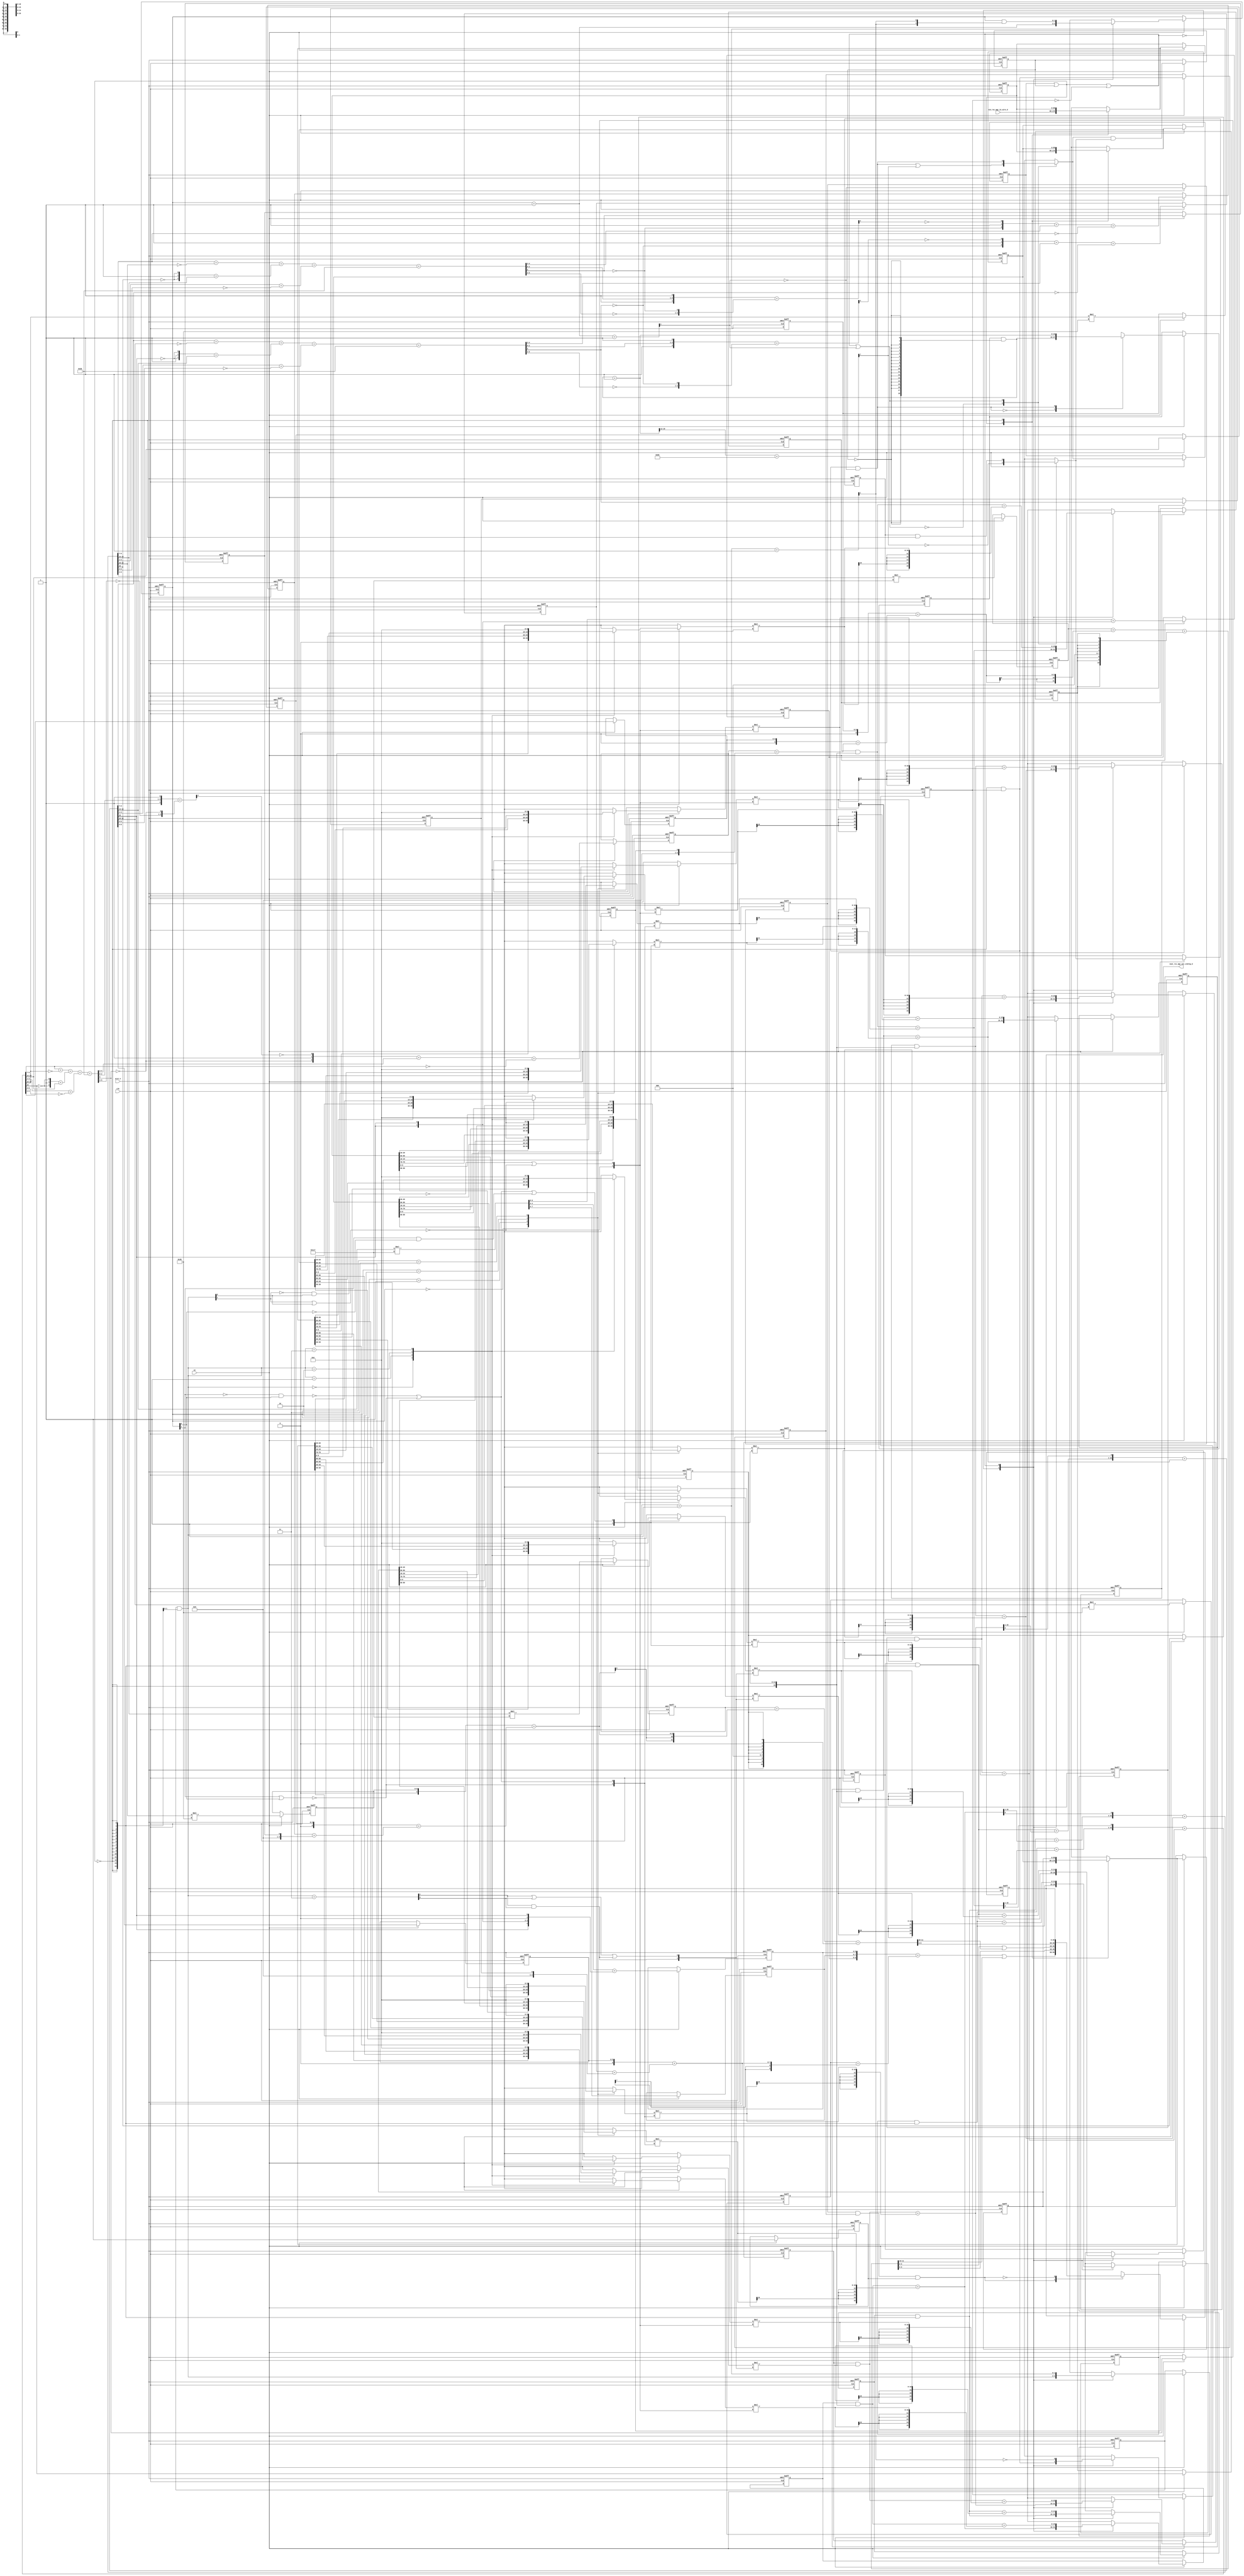
module sobel_core (
  clk, en, arst_n, vin_rsc_mgc_in_wire_d, vout_rsc_mgc_out_stdreg_d
);
  input clk;
  input en;
  input arst_n;
  input [89:0] vin_rsc_mgc_in_wire_d;
  output [29:0] vout_rsc_mgc_out_stdreg_d;
  reg [29:0] vout_rsc_mgc_out_stdreg_d;


  // Interconnect Declarations
  wire and_dcpl_1;
  wire or_dcpl_2;
  reg [18:0] FRAME_p_1_lpi_1;
  reg [14:0] b_1_sg1_lpi_1;
  reg [15:0] b_0_lpi_1;
  reg [15:0] b_2_lpi_1;
  reg [14:0] g_1_sg1_lpi_1;
  reg [15:0] g_0_lpi_1;
  reg [15:0] g_2_lpi_1;
  reg [14:0] r_1_sg1_lpi_1;
  reg [15:0] r_0_lpi_1;
  reg [15:0] r_2_lpi_1;
  reg [1:0] i_6_lpi_1;
  reg exit_FRAME_for_lpi_1;
  reg [1:0] i_7_lpi_1;
  reg [89:0] regs_regs_1_sva;
  reg [89:0] regs_regs_0_sva;
  reg exit_FRAME_1_sva;
  reg [89:0] regs_regs_2_lpi_1_dfm;
  reg exit_FRAME_lpi_1_dfm_2;
  reg exit_FRAME_for_1_lpi_1_dfm_4;
  reg [10:0] FRAME_mul_2_itm_1;
  wire [21:0] nl_FRAME_mul_2_itm_1;
  reg [8:0] FRAME_mul_3_itm_1;
  wire [17:0] nl_FRAME_mul_3_itm_1;
  reg [5:0] green_slc_green_2_sg1_itm_1;
  reg [4:0] FRAME_acc_18_itm_1;
  wire [5:0] nl_FRAME_acc_18_itm_1;
  reg FRAME_slc_acc_imod_11_4_itm_1;
  reg green_slc_green_2_sg1_12_itm_1;
  reg [10:0] FRAME_mul_4_itm_1;
  wire [21:0] nl_FRAME_mul_4_itm_1;
  reg [8:0] FRAME_mul_5_itm_1;
  wire [17:0] nl_FRAME_mul_5_itm_1;
  reg [5:0] blue_slc_blue_2_sg1_itm_1;
  reg [4:0] FRAME_acc_30_itm_1;
  wire [5:0] nl_FRAME_acc_30_itm_1;
  reg FRAME_slc_acc_imod_13_4_itm_1;
  reg blue_slc_blue_2_sg1_12_itm_1;
  reg [8:0] FRAME_mul_1_itm_1;
  wire [17:0] nl_FRAME_mul_1_itm_1;
  reg [5:0] red_slc_red_2_sg1_itm_1;
  reg [4:0] FRAME_acc_37_itm_1;
  wire [5:0] nl_FRAME_acc_37_itm_1;
  reg FRAME_slc_acc_imod_9_4_itm_1;
  reg exit_FRAME_for_lpi_1_dfm_st_1;
  reg exit_FRAME_for_1_sva_2_st_1;
  reg main_stage_0_2;
  reg [1:0] FRAME_acc_41_itm_1_sg2;
  wire [2:0] nl_FRAME_acc_41_itm_1_sg2;
  reg [1:0] FRAME_acc_41_itm_1_sg1;
  reg [5:0] FRAME_acc_41_itm_3;
  wire [6:0] nl_FRAME_acc_41_itm_3;
  wire or_4_cse;
  wire or_9_cse;
  wire exit_FRAME_for_1_lpi_1_dfm_5;
  wire [1:0] FRAME_for_1_acc_itm;
  wire [2:0] nl_FRAME_for_1_acc_itm;
  wire [7:0] FRAME_acc_itm;
  wire [8:0] nl_FRAME_acc_itm;
  wire [11:0] FRAME_acc_3_psp_sva;
  wire [13:0] nl_FRAME_acc_3_psp_sva;
  wire [11:0] FRAME_acc_4_psp_sva;
  wire [13:0] nl_FRAME_acc_4_psp_sva;
  wire exit_FRAME_for_lpi_1_dfm;
  wire [1:0] i_7_sva;
  wire [2:0] nl_i_7_sva;
  wire exit_FRAME_for_1_lpi_1_dfm_4_mx0;
  wire [89:0] regs_regs_2_lpi_1_dfm_mx0;
  wire [89:0] regs_regs_1_sva_dfm_mx0;
  wire [89:0] regs_regs_0_sva_dfm_mx0;
  wire exit_FRAME_lpi_1_dfm_2_mx0;
  wire [18:0] FRAME_p_1_sva_1;
  wire [19:0] nl_FRAME_p_1_sva_1;
  wire [18:0] FRAME_p_1_lpi_1_dfm;
  wire [5:0] acc_imod_9_sva;
  wire [7:0] nl_acc_imod_9_sva;
  wire [9:0] FRAME_mul_sdt;
  wire [19:0] nl_FRAME_mul_sdt;
  wire [5:0] acc_imod_13_sva;
  wire [7:0] nl_acc_imod_13_sva;
  wire [5:0] acc_imod_11_sva;
  wire [7:0] nl_acc_imod_11_sva;
  wire [14:0] b_1_sg1_lpi_1_dfm;
  wire [15:0] b_2_sva_1;
  wire [16:0] nl_b_2_sva_1;
  wire [15:0] b_0_sva_1;
  wire [16:0] nl_b_0_sva_1;
  wire [14:0] g_1_sg1_lpi_1_dfm;
  wire [15:0] g_2_sva_1;
  wire [16:0] nl_g_2_sva_1;
  wire [15:0] g_0_sva_1;
  wire [16:0] nl_g_0_sva_1;
  wire [14:0] r_1_sg1_lpi_1_dfm;
  wire [15:0] r_2_sva_1;
  wire [16:0] nl_r_2_sva_1;
  wire [15:0] r_0_sva_1;
  wire [16:0] nl_r_0_sva_1;
  wire [15:0] b_2_lpi_1_dfm;
  wire FRAME_for_1_nor_cse;
  wire [15:0] g_2_lpi_1_dfm;
  wire [15:0] r_2_lpi_1_dfm;
  wire [15:0] b_0_lpi_1_dfm;
  wire [15:0] g_0_lpi_1_dfm;
  wire [15:0] r_0_lpi_1_dfm;
  wire [1:0] i_6_sva_1;
  wire [2:0] nl_i_6_sva_1;
  wire [1:0] i_6_lpi_1_dfm;
  wire FRAME_for_nor_cse;
  wire FRAME_for_and_18_seb;
  wire [1:0] FRAME_for_acc_5_tmp;
  wire [2:0] nl_FRAME_for_acc_5_tmp;
  wire not_24;
  wire [15:0] ACC2_3_acc_1_itm;
  wire [16:0] nl_ACC2_3_acc_1_itm;
  wire [15:0] ACC2_3_acc_3_itm;
  wire [16:0] nl_ACC2_3_acc_3_itm;
  wire [15:0] ACC2_3_acc_2_itm;
  wire [16:0] nl_ACC2_3_acc_2_itm;
  wire FRAME_for_1_or_1_itm;
  wire FRAME_for_1_or_itm;
  wire FRAME_for_or_4_itm;
  wire FRAME_for_or_itm;
  wire FRAME_for_or_5_itm;
  wire [1:0] FRAME_for_acc_itm;
  wire [2:0] nl_FRAME_for_acc_itm;

  wire[9:0] regs_operator_35_mux_nl;
  wire[9:0] regs_operator_29_mux_nl;
  wire[9:0] regs_operator_34_mux_nl;
  wire[9:0] regs_operator_28_mux_nl;
  wire[9:0] regs_operator_33_mux_nl;
  wire[9:0] regs_operator_27_mux_nl;

  // Interconnect Declarations for Component Instantiations 
  assign nl_FRAME_acc_3_psp_sva = (conv_u2s_11_12(FRAME_mul_2_itm_1) + conv_s2s_10_12(conv_u2s_9_10(FRAME_mul_3_itm_1)
      + conv_s2s_8_10(conv_u2s_6_8(green_slc_green_2_sg1_itm_1) + conv_s2s_5_8(FRAME_acc_18_itm_1
      + ({4'b1001 , FRAME_slc_acc_imod_11_4_itm_1}))))) + conv_u2u_11_12(signext_11_9({green_slc_green_2_sg1_12_itm_1
      , 3'b0 , ({{2{green_slc_green_2_sg1_12_itm_1}}, green_slc_green_2_sg1_12_itm_1})
      , 1'b0 , green_slc_green_2_sg1_12_itm_1}));
  assign FRAME_acc_3_psp_sva = nl_FRAME_acc_3_psp_sva[11:0];
  assign nl_FRAME_acc_4_psp_sva = (conv_u2s_11_12(FRAME_mul_4_itm_1) + conv_s2s_10_12(conv_u2s_9_10(FRAME_mul_5_itm_1)
      + conv_s2s_8_10(conv_u2s_6_8(blue_slc_blue_2_sg1_itm_1) + conv_s2s_5_8(FRAME_acc_30_itm_1
      + ({4'b1001 , FRAME_slc_acc_imod_13_4_itm_1}))))) + conv_u2u_11_12(signext_11_9({blue_slc_blue_2_sg1_12_itm_1
      , 3'b0 , ({{2{blue_slc_blue_2_sg1_12_itm_1}}, blue_slc_blue_2_sg1_12_itm_1})
      , 1'b0 , blue_slc_blue_2_sg1_12_itm_1}));
  assign FRAME_acc_4_psp_sva = nl_FRAME_acc_4_psp_sva[11:0];
  assign nl_FRAME_for_1_acc_itm = i_7_sva + 2'b1;
  assign FRAME_for_1_acc_itm = nl_FRAME_for_1_acc_itm[1:0];
  assign exit_FRAME_for_lpi_1_dfm = exit_FRAME_for_lpi_1 & not_24;
  assign nl_i_7_sva = i_7_lpi_1 + 2'b1;
  assign i_7_sva = nl_i_7_sva[1:0];
  assign exit_FRAME_for_1_lpi_1_dfm_4_mx0 = MUX_s_1_2_2({(exit_FRAME_for_1_lpi_1_dfm_5
      | (FRAME_acc_itm[7])) , exit_FRAME_for_1_lpi_1_dfm_5}, or_9_cse);
  assign regs_regs_2_lpi_1_dfm_mx0 = MUX_v_90_2_2({regs_regs_1_sva , regs_regs_2_lpi_1_dfm},
      and_dcpl_1);
  assign regs_regs_1_sva_dfm_mx0 = MUX_v_90_2_2({regs_regs_0_sva , regs_regs_1_sva},
      and_dcpl_1);
  assign regs_regs_0_sva_dfm_mx0 = MUX_v_90_2_2({vin_rsc_mgc_in_wire_d , regs_regs_0_sva},
      and_dcpl_1);
  assign nl_FRAME_acc_itm = conv_u2s_7_8(FRAME_p_1_sva_1[18:12]) + 8'b10110101;
  assign FRAME_acc_itm = nl_FRAME_acc_itm[7:0];
  assign exit_FRAME_lpi_1_dfm_2_mx0 = MUX_s_1_2_2({(~ (FRAME_acc_itm[7])) , (exit_FRAME_lpi_1_dfm_2
      & not_24)}, or_9_cse);
  assign exit_FRAME_for_1_lpi_1_dfm_5 = (~ (FRAME_for_1_acc_itm[1])) & exit_FRAME_for_lpi_1_dfm;
  assign nl_FRAME_p_1_sva_1 = FRAME_p_1_lpi_1_dfm + 19'b1;
  assign FRAME_p_1_sva_1 = nl_FRAME_p_1_sva_1[18:0];
  assign FRAME_p_1_lpi_1_dfm = FRAME_p_1_lpi_1 & (signext_19_1(~ exit_FRAME_1_sva));
  assign nl_acc_imod_9_sva = (conv_u2u_5_6(conv_u2u_4_5(conv_u2u_3_4(ACC2_3_acc_1_itm[9:7])
      + conv_u2u_3_4(~ (ACC2_3_acc_1_itm[12:10]))) + conv_u2u_4_5(conv_u2u_3_4({(~
      (ACC2_3_acc_1_itm[15])) , 1'b1 , (~ (ACC2_3_acc_1_itm[15]))}) + conv_u2u_2_4(ACC2_3_acc_1_itm[14:13])))
      + conv_u2u_4_6(conv_u2u_3_4(ACC2_3_acc_1_itm[3:1]) + conv_u2u_3_4(~ (ACC2_3_acc_1_itm[6:4]))))
      + 6'b101011;
  assign acc_imod_9_sva = nl_acc_imod_9_sva[5:0];
  assign nl_ACC2_3_acc_1_itm = ({(r_1_sg1_lpi_1_dfm + (r_2_sva_1[15:1])) , (r_2_sva_1[0])})
      + r_0_sva_1;
  assign ACC2_3_acc_1_itm = nl_ACC2_3_acc_1_itm[15:0];
  assign nl_FRAME_mul_sdt = conv_u2u_2_10(ACC2_3_acc_1_itm[14:13]) * 10'b111000111;
  assign FRAME_mul_sdt = nl_FRAME_mul_sdt[9:0];
  assign nl_ACC2_3_acc_3_itm = ({(b_1_sg1_lpi_1_dfm + (b_2_sva_1[15:1])) , (b_2_sva_1[0])})
      + b_0_sva_1;
  assign ACC2_3_acc_3_itm = nl_ACC2_3_acc_3_itm[15:0];
  assign nl_acc_imod_13_sva = (conv_u2u_5_6(conv_u2u_4_5(conv_u2u_3_4(ACC2_3_acc_3_itm[9:7])
      + conv_u2u_3_4(~ (ACC2_3_acc_3_itm[12:10]))) + conv_u2u_4_5(conv_u2u_3_4({(~
      (ACC2_3_acc_3_itm[15])) , 1'b1 , (~ (ACC2_3_acc_3_itm[15]))}) + conv_u2u_2_4(ACC2_3_acc_3_itm[14:13])))
      + conv_u2u_4_6(conv_u2u_3_4(ACC2_3_acc_3_itm[3:1]) + conv_u2u_3_4(~ (ACC2_3_acc_3_itm[6:4]))))
      + 6'b101011;
  assign acc_imod_13_sva = nl_acc_imod_13_sva[5:0];
  assign nl_ACC2_3_acc_2_itm = ({(g_1_sg1_lpi_1_dfm + (g_2_sva_1[15:1])) , (g_2_sva_1[0])})
      + g_0_sva_1;
  assign ACC2_3_acc_2_itm = nl_ACC2_3_acc_2_itm[15:0];
  assign nl_acc_imod_11_sva = (conv_u2u_5_6(conv_u2u_4_5(conv_u2u_3_4(ACC2_3_acc_2_itm[9:7])
      + conv_u2u_3_4(~ (ACC2_3_acc_2_itm[12:10]))) + conv_u2u_4_5(conv_u2u_3_4({(~
      (ACC2_3_acc_2_itm[15])) , 1'b1 , (~ (ACC2_3_acc_2_itm[15]))}) + conv_u2u_2_4(ACC2_3_acc_2_itm[14:13])))
      + conv_u2u_4_6(conv_u2u_3_4(ACC2_3_acc_2_itm[3:1]) + conv_u2u_3_4(~ (ACC2_3_acc_2_itm[6:4]))))
      + 6'b101011;
  assign acc_imod_11_sva = nl_acc_imod_11_sva[5:0];
  assign b_1_sg1_lpi_1_dfm = b_1_sg1_lpi_1 & ({{14{not_24}}, not_24});
  assign regs_operator_35_mux_nl = MUX_v_10_4_2({(regs_regs_0_sva[69:60]) , (regs_regs_1_sva[69:60])
      , (regs_regs_2_lpi_1_dfm[69:60]) , 10'b0}, i_7_lpi_1);
  assign nl_b_2_sva_1 = b_2_lpi_1_dfm + conv_s2u_11_16(conv_s2u_22_11(conv_s2s_10_11(regs_operator_35_mux_nl)
      * conv_s2s_2_11({FRAME_for_1_nor_cse , FRAME_for_1_or_1_itm})));
  assign b_2_sva_1 = nl_b_2_sva_1[15:0];
  assign regs_operator_29_mux_nl = MUX_v_10_4_2({(regs_regs_0_sva[9:0]) , (regs_regs_1_sva[9:0])
      , (regs_regs_2_lpi_1_dfm[9:0]) , 10'b0}, i_7_lpi_1);
  assign nl_b_0_sva_1 = b_0_lpi_1_dfm + conv_s2u_12_16(conv_s2u_24_12(conv_s2s_10_12(regs_operator_29_mux_nl)
      * conv_s2s_2_12({1'b1 , FRAME_for_1_or_itm})));
  assign b_0_sva_1 = nl_b_0_sva_1[15:0];
  assign g_1_sg1_lpi_1_dfm = g_1_sg1_lpi_1 & ({{14{not_24}}, not_24});
  assign regs_operator_34_mux_nl = MUX_v_10_4_2({(regs_regs_0_sva[79:70]) , (regs_regs_1_sva[79:70])
      , (regs_regs_2_lpi_1_dfm[79:70]) , 10'b0}, i_7_lpi_1);
  assign nl_g_2_sva_1 = g_2_lpi_1_dfm + conv_s2u_11_16(conv_s2u_22_11(conv_s2s_10_11(regs_operator_34_mux_nl)
      * conv_s2s_2_11({FRAME_for_1_nor_cse , FRAME_for_1_or_1_itm})));
  assign g_2_sva_1 = nl_g_2_sva_1[15:0];
  assign regs_operator_28_mux_nl = MUX_v_10_4_2({(regs_regs_0_sva[19:10]) , (regs_regs_1_sva[19:10])
      , (regs_regs_2_lpi_1_dfm[19:10]) , 10'b0}, i_7_lpi_1);
  assign nl_g_0_sva_1 = g_0_lpi_1_dfm + conv_s2u_12_16(conv_s2u_24_12(conv_s2s_10_12(regs_operator_28_mux_nl)
      * conv_s2s_2_12({1'b1 , FRAME_for_1_or_itm})));
  assign g_0_sva_1 = nl_g_0_sva_1[15:0];
  assign r_1_sg1_lpi_1_dfm = r_1_sg1_lpi_1 & ({{14{not_24}}, not_24});
  assign regs_operator_33_mux_nl = MUX_v_10_4_2({(regs_regs_0_sva[89:80]) , (regs_regs_1_sva[89:80])
      , (regs_regs_2_lpi_1_dfm[89:80]) , 10'b0}, i_7_lpi_1);
  assign nl_r_2_sva_1 = r_2_lpi_1_dfm + conv_s2u_11_16(conv_s2u_22_11(conv_s2s_10_11(regs_operator_33_mux_nl)
      * conv_s2s_2_11({FRAME_for_1_nor_cse , FRAME_for_1_or_1_itm})));
  assign r_2_sva_1 = nl_r_2_sva_1[15:0];
  assign regs_operator_27_mux_nl = MUX_v_10_4_2({(regs_regs_0_sva[29:20]) , (regs_regs_1_sva[29:20])
      , (regs_regs_2_lpi_1_dfm[29:20]) , 10'b0}, i_7_lpi_1);
  assign nl_r_0_sva_1 = r_0_lpi_1_dfm + conv_s2u_12_16(conv_s2u_24_12(conv_s2s_10_12(regs_operator_27_mux_nl)
      * conv_s2s_2_12({1'b1 , FRAME_for_1_or_itm})));
  assign r_0_sva_1 = nl_r_0_sva_1[15:0];
  assign b_2_lpi_1_dfm = b_2_lpi_1 & ({{15{not_24}}, not_24});
  assign FRAME_for_1_nor_cse = ~((i_7_lpi_1[1]) | (i_7_lpi_1[0]));
  assign g_2_lpi_1_dfm = g_2_lpi_1 & ({{15{not_24}}, not_24});
  assign r_2_lpi_1_dfm = r_2_lpi_1 & ({{15{not_24}}, not_24});
  assign b_0_lpi_1_dfm = b_0_lpi_1 & ({{15{not_24}}, not_24});
  assign g_0_lpi_1_dfm = g_0_lpi_1 & ({{15{not_24}}, not_24});
  assign r_0_lpi_1_dfm = r_0_lpi_1 & ({{15{not_24}}, not_24});
  assign nl_i_6_sva_1 = i_6_lpi_1_dfm + 2'b1;
  assign i_6_sva_1 = nl_i_6_sva_1[1:0];
  assign i_6_lpi_1_dfm = i_6_lpi_1 & ({{1{not_24}}, not_24});
  assign FRAME_for_nor_cse = ~((i_6_lpi_1_dfm[1]) | (i_6_lpi_1_dfm[0]));
  assign FRAME_for_and_18_seb = (FRAME_for_acc_5_tmp[1]) & (FRAME_for_acc_5_tmp[0]);
  assign nl_FRAME_for_acc_5_tmp = i_6_lpi_1_dfm + 2'b11;
  assign FRAME_for_acc_5_tmp = nl_FRAME_for_acc_5_tmp[1:0];
  assign not_24 = ~(exit_FRAME_for_1_lpi_1_dfm_4 | exit_FRAME_1_sva);
  assign FRAME_for_1_or_1_itm = (~((~ (i_7_lpi_1[1])) & (i_7_lpi_1[0]))) | FRAME_for_1_nor_cse;
  assign FRAME_for_1_or_itm = (~((i_7_lpi_1[0]) & (~ (i_7_lpi_1[1])))) | FRAME_for_1_nor_cse
      | ((i_7_lpi_1[1]) & (~ (i_7_lpi_1[0])));
  assign FRAME_for_or_4_itm = (~((~ (i_6_lpi_1_dfm[1])) & (i_6_lpi_1_dfm[0]))) |
      FRAME_for_nor_cse;
  assign FRAME_for_or_itm = (~((i_6_lpi_1_dfm[0]) & (~ (i_6_lpi_1_dfm[1])))) | FRAME_for_nor_cse;
  assign FRAME_for_or_5_itm = (FRAME_for_acc_5_tmp[1]) | (FRAME_for_acc_5_tmp[0])
      | FRAME_for_and_18_seb;
  assign and_dcpl_1 = ~(exit_FRAME_1_sva | exit_FRAME_for_1_lpi_1_dfm_4);
  assign or_dcpl_2 = exit_FRAME_1_sva | exit_FRAME_for_1_lpi_1_dfm_4;
  assign or_4_cse = or_dcpl_2 | (~ exit_FRAME_for_lpi_1);
  assign or_9_cse = or_dcpl_2 | (~ exit_FRAME_for_lpi_1) | (FRAME_for_1_acc_itm[1]);
  assign nl_FRAME_for_acc_itm = i_6_sva_1 + 2'b1;
  assign FRAME_for_acc_itm = nl_FRAME_for_acc_itm[1:0];
  always @(posedge clk or negedge arst_n) begin
    if ( ~ arst_n ) begin
      vout_rsc_mgc_out_stdreg_d <= 30'b0;
      FRAME_acc_41_itm_1_sg2 <= 2'b0;
      FRAME_acc_41_itm_1_sg1 <= 2'b0;
      FRAME_acc_41_itm_3 <= 6'b0;
      FRAME_mul_1_itm_1 <= 9'b0;
      red_slc_red_2_sg1_itm_1 <= 6'b0;
      FRAME_acc_37_itm_1 <= 5'b0;
      FRAME_slc_acc_imod_9_4_itm_1 <= 1'b0;
      FRAME_mul_4_itm_1 <= 11'b0;
      FRAME_mul_5_itm_1 <= 9'b0;
      blue_slc_blue_2_sg1_itm_1 <= 6'b0;
      FRAME_acc_30_itm_1 <= 5'b0;
      FRAME_slc_acc_imod_13_4_itm_1 <= 1'b0;
      blue_slc_blue_2_sg1_12_itm_1 <= 1'b0;
      FRAME_mul_2_itm_1 <= 11'b0;
      FRAME_mul_3_itm_1 <= 9'b0;
      green_slc_green_2_sg1_itm_1 <= 6'b0;
      FRAME_acc_18_itm_1 <= 5'b0;
      FRAME_slc_acc_imod_11_4_itm_1 <= 1'b0;
      green_slc_green_2_sg1_12_itm_1 <= 1'b0;
      exit_FRAME_for_1_sva_2_st_1 <= 1'b0;
      exit_FRAME_for_lpi_1_dfm_st_1 <= 1'b0;
      i_7_lpi_1 <= 2'b0;
      exit_FRAME_for_lpi_1 <= 1'b0;
      exit_FRAME_for_1_lpi_1_dfm_4 <= 1'b0;
      exit_FRAME_1_sva <= 1'b1;
      main_stage_0_2 <= 1'b0;
      regs_regs_2_lpi_1_dfm <= 90'b0;
      regs_regs_1_sva <= 90'b0;
      regs_regs_0_sva <= 90'b0;
      exit_FRAME_lpi_1_dfm_2 <= 1'b0;
      b_1_sg1_lpi_1 <= 15'b0;
      g_1_sg1_lpi_1 <= 15'b0;
      r_1_sg1_lpi_1 <= 15'b0;
      i_6_lpi_1 <= 2'b0;
      b_2_lpi_1 <= 16'b0;
      b_0_lpi_1 <= 16'b0;
      g_2_lpi_1 <= 16'b0;
      g_0_lpi_1 <= 16'b0;
      r_2_lpi_1 <= 16'b0;
      r_0_lpi_1 <= 16'b0;
      FRAME_p_1_lpi_1 <= 19'b0;
    end
    else begin
      if ( en ) begin
        vout_rsc_mgc_out_stdreg_d <= MUX_v_30_2_2({({((({FRAME_acc_41_itm_1_sg2 ,
            FRAME_acc_41_itm_1_sg1 , FRAME_acc_41_itm_3}) + (conv_u2s_9_10(FRAME_mul_1_itm_1)
            + conv_s2s_8_10(conv_u2s_6_8(red_slc_red_2_sg1_itm_1) + conv_s2s_5_8(FRAME_acc_37_itm_1
            + ({4'b1001 , FRAME_slc_acc_imod_9_4_itm_1}))))) | ({8'b0 , (FRAME_acc_3_psp_sva[11:10])}))
            , (FRAME_acc_3_psp_sva[9:6]) , ((FRAME_acc_3_psp_sva[5:0]) | ({4'b0 ,
            (FRAME_acc_4_psp_sva[11:10])})) , (FRAME_acc_4_psp_sva[9:0])}) , vout_rsc_mgc_out_stdreg_d},
            ~(exit_FRAME_for_1_sva_2_st_1 & exit_FRAME_for_lpi_1_dfm_st_1 & main_stage_0_2));
        FRAME_acc_41_itm_1_sg2 <= nl_FRAME_acc_41_itm_1_sg2[1:0];
        FRAME_acc_41_itm_1_sg1 <= FRAME_mul_sdt[7:6];
        FRAME_acc_41_itm_3 <= nl_FRAME_acc_41_itm_3[5:0];
        FRAME_mul_1_itm_1 <= nl_FRAME_mul_1_itm_1[8:0];
        red_slc_red_2_sg1_itm_1 <= ACC2_3_acc_1_itm[9:4];
        FRAME_acc_37_itm_1 <= nl_FRAME_acc_37_itm_1[4:0];
        FRAME_slc_acc_imod_9_4_itm_1 <= acc_imod_9_sva[5];
        FRAME_mul_4_itm_1 <= nl_FRAME_mul_4_itm_1[10:0];
        FRAME_mul_5_itm_1 <= nl_FRAME_mul_5_itm_1[8:0];
        blue_slc_blue_2_sg1_itm_1 <= ACC2_3_acc_3_itm[9:4];
        FRAME_acc_30_itm_1 <= nl_FRAME_acc_30_itm_1[4:0];
        FRAME_slc_acc_imod_13_4_itm_1 <= acc_imod_13_sva[5];
        blue_slc_blue_2_sg1_12_itm_1 <= ACC2_3_acc_3_itm[15];
        FRAME_mul_2_itm_1 <= nl_FRAME_mul_2_itm_1[10:0];
        FRAME_mul_3_itm_1 <= nl_FRAME_mul_3_itm_1[8:0];
        green_slc_green_2_sg1_itm_1 <= ACC2_3_acc_2_itm[9:4];
        FRAME_acc_18_itm_1 <= nl_FRAME_acc_18_itm_1[4:0];
        FRAME_slc_acc_imod_11_4_itm_1 <= acc_imod_11_sva[5];
        green_slc_green_2_sg1_12_itm_1 <= ACC2_3_acc_2_itm[15];
        exit_FRAME_for_1_sva_2_st_1 <= ~ (FRAME_for_1_acc_itm[1]);
        exit_FRAME_for_lpi_1_dfm_st_1 <= exit_FRAME_for_lpi_1_dfm;
        i_7_lpi_1 <= MUX_v_2_2_2({i_7_sva , (i_7_lpi_1 & (signext_2_1(FRAME_for_acc_itm[1])))},
            or_4_cse);
        exit_FRAME_for_lpi_1 <= MUX_s_1_2_2({exit_FRAME_for_lpi_1_dfm , (~ (FRAME_for_acc_itm[1]))},
            or_4_cse);
        exit_FRAME_for_1_lpi_1_dfm_4 <= exit_FRAME_for_1_lpi_1_dfm_4_mx0;
        exit_FRAME_1_sva <= exit_FRAME_for_1_lpi_1_dfm_4_mx0 & exit_FRAME_lpi_1_dfm_2_mx0;
        main_stage_0_2 <= 1'b1;
        regs_regs_2_lpi_1_dfm <= regs_regs_2_lpi_1_dfm_mx0;
        regs_regs_1_sva <= regs_regs_1_sva_dfm_mx0;
        regs_regs_0_sva <= regs_regs_0_sva_dfm_mx0;
        exit_FRAME_lpi_1_dfm_2 <= exit_FRAME_lpi_1_dfm_2_mx0;
        b_1_sg1_lpi_1 <= MUX_v_15_2_2({b_1_sg1_lpi_1_dfm , (b_1_sg1_lpi_1_dfm + conv_s2u_11_15(conv_s2u_22_11(conv_s2s_10_11(MUX_v_10_4_2({(regs_regs_0_sva_dfm_mx0[39:30])
            , (regs_regs_1_sva_dfm_mx0[39:30]) , (regs_regs_2_lpi_1_dfm_mx0[39:30])
            , 10'b0}, i_6_lpi_1_dfm)) * conv_s2s_2_11({FRAME_for_and_18_seb , FRAME_for_or_5_itm}))))},
            or_4_cse);
        g_1_sg1_lpi_1 <= MUX_v_15_2_2({g_1_sg1_lpi_1_dfm , (g_1_sg1_lpi_1_dfm + conv_s2u_11_15(conv_s2u_22_11(conv_s2s_10_11(MUX_v_10_4_2({(regs_regs_0_sva_dfm_mx0[49:40])
            , (regs_regs_1_sva_dfm_mx0[49:40]) , (regs_regs_2_lpi_1_dfm_mx0[49:40])
            , 10'b0}, i_6_lpi_1_dfm)) * conv_s2s_2_11({FRAME_for_and_18_seb , FRAME_for_or_5_itm}))))},
            or_4_cse);
        r_1_sg1_lpi_1 <= MUX_v_15_2_2({r_1_sg1_lpi_1_dfm , (r_1_sg1_lpi_1_dfm + conv_s2u_11_15(conv_s2u_22_11(conv_s2s_10_11(MUX_v_10_4_2({(regs_regs_0_sva_dfm_mx0[59:50])
            , (regs_regs_1_sva_dfm_mx0[59:50]) , (regs_regs_2_lpi_1_dfm_mx0[59:50])
            , 10'b0}, i_6_lpi_1_dfm)) * conv_s2s_2_11({FRAME_for_and_18_seb , FRAME_for_or_5_itm}))))},
            or_4_cse);
        i_6_lpi_1 <= MUX_v_2_2_2({i_6_lpi_1_dfm , i_6_sva_1}, or_4_cse);
        b_2_lpi_1 <= MUX_v_16_2_2({b_2_sva_1 , (b_2_lpi_1_dfm + conv_s2u_11_16(conv_s2u_22_11(conv_s2s_10_11(MUX_v_10_4_2({(regs_regs_0_sva_dfm_mx0[69:60])
            , (regs_regs_1_sva_dfm_mx0[69:60]) , (regs_regs_2_lpi_1_dfm_mx0[69:60])
            , 10'b0}, i_6_lpi_1_dfm)) * conv_s2s_2_11({FRAME_for_nor_cse , FRAME_for_or_4_itm}))))},
            or_4_cse);
        b_0_lpi_1 <= MUX_v_16_2_2({b_0_sva_1 , (b_0_lpi_1_dfm + conv_s2u_11_16(conv_s2u_22_11(conv_s2s_10_11(MUX_v_10_4_2({(regs_regs_0_sva_dfm_mx0[9:0])
            , (regs_regs_1_sva_dfm_mx0[9:0]) , (regs_regs_2_lpi_1_dfm_mx0[9:0]) ,
            10'b0}, i_6_lpi_1_dfm)) * conv_s2s_2_11({FRAME_for_nor_cse , FRAME_for_or_itm}))))},
            or_4_cse);
        g_2_lpi_1 <= MUX_v_16_2_2({g_2_sva_1 , (g_2_lpi_1_dfm + conv_s2u_11_16(conv_s2u_22_11(conv_s2s_10_11(MUX_v_10_4_2({(regs_regs_0_sva_dfm_mx0[79:70])
            , (regs_regs_1_sva_dfm_mx0[79:70]) , (regs_regs_2_lpi_1_dfm_mx0[79:70])
            , 10'b0}, i_6_lpi_1_dfm)) * conv_s2s_2_11({FRAME_for_nor_cse , FRAME_for_or_4_itm}))))},
            or_4_cse);
        g_0_lpi_1 <= MUX_v_16_2_2({g_0_sva_1 , (g_0_lpi_1_dfm + conv_s2u_11_16(conv_s2u_22_11(conv_s2s_10_11(MUX_v_10_4_2({(regs_regs_0_sva_dfm_mx0[19:10])
            , (regs_regs_1_sva_dfm_mx0[19:10]) , (regs_regs_2_lpi_1_dfm_mx0[19:10])
            , 10'b0}, i_6_lpi_1_dfm)) * conv_s2s_2_11({FRAME_for_nor_cse , FRAME_for_or_itm}))))},
            or_4_cse);
        r_2_lpi_1 <= MUX_v_16_2_2({r_2_sva_1 , (r_2_lpi_1_dfm + conv_s2u_11_16(conv_s2u_22_11(conv_s2s_10_11(MUX_v_10_4_2({(regs_regs_0_sva_dfm_mx0[89:80])
            , (regs_regs_1_sva_dfm_mx0[89:80]) , (regs_regs_2_lpi_1_dfm_mx0[89:80])
            , 10'b0}, i_6_lpi_1_dfm)) * conv_s2s_2_11({FRAME_for_nor_cse , FRAME_for_or_4_itm}))))},
            or_4_cse);
        r_0_lpi_1 <= MUX_v_16_2_2({r_0_sva_1 , (r_0_lpi_1_dfm + conv_s2u_11_16(conv_s2u_22_11(conv_s2s_10_11(MUX_v_10_4_2({(regs_regs_0_sva_dfm_mx0[29:20])
            , (regs_regs_1_sva_dfm_mx0[29:20]) , (regs_regs_2_lpi_1_dfm_mx0[29:20])
            , 10'b0}, i_6_lpi_1_dfm)) * conv_s2s_2_11({FRAME_for_nor_cse , FRAME_for_or_itm}))))},
            or_4_cse);
        FRAME_p_1_lpi_1 <= MUX_v_19_2_2({FRAME_p_1_lpi_1_dfm , FRAME_p_1_sva_1},
            and_dcpl_1 & exit_FRAME_for_lpi_1 & (~ (FRAME_for_1_acc_itm[1])));
      end
    end
  end
  assign nl_FRAME_acc_41_itm_1_sg2  = (FRAME_mul_sdt[9:8]) + conv_s2u_1_2(ACC2_3_acc_1_itm[15]);
  assign nl_FRAME_acc_41_itm_3  = conv_u2u_5_6(FRAME_mul_sdt[4:0]) + conv_u2u_5_6(signext_5_3({(ACC2_3_acc_1_itm[15])
      , 1'b0 , (ACC2_3_acc_1_itm[15])}));
  assign nl_FRAME_mul_1_itm_1  = conv_u2u_3_9(ACC2_3_acc_1_itm[12:10]) * 9'b111001;
  assign nl_FRAME_acc_37_itm_1  = conv_u2u_4_5(conv_u2u_3_4({(~ (acc_imod_9_sva[5]))
      , 1'b1 , (~ (readslicef_5_1_4((({1'b1 , (acc_imod_9_sva[2:0]) , 1'b1}) + conv_u2s_4_5({(~
      (acc_imod_9_sva[5:3])) , (~ (acc_imod_9_sva[5]))})))))}) + conv_u2u_2_4(acc_imod_9_sva[4:3]))
      + conv_u2u_3_5(~ (ACC2_3_acc_1_itm[9:7]));
  assign nl_FRAME_mul_4_itm_1  = conv_u2u_2_11(ACC2_3_acc_3_itm[14:13]) * 11'b111000111;
  assign nl_FRAME_mul_5_itm_1  = conv_u2u_3_9(ACC2_3_acc_3_itm[12:10]) * 9'b111001;
  assign nl_FRAME_acc_30_itm_1  = conv_u2u_4_5(conv_u2u_3_4({(~ (acc_imod_13_sva[5]))
      , 1'b1 , (~ (readslicef_5_1_4((({1'b1 , (acc_imod_13_sva[2:0]) , 1'b1}) + conv_u2s_4_5({(~
      (acc_imod_13_sva[5:3])) , (~ (acc_imod_13_sva[5]))})))))}) + conv_u2u_2_4(acc_imod_13_sva[4:3]))
      + conv_u2u_3_5(~ (ACC2_3_acc_3_itm[9:7]));
  assign nl_FRAME_mul_2_itm_1  = conv_u2u_2_11(ACC2_3_acc_2_itm[14:13]) * 11'b111000111;
  assign nl_FRAME_mul_3_itm_1  = conv_u2u_3_9(ACC2_3_acc_2_itm[12:10]) * 9'b111001;
  assign nl_FRAME_acc_18_itm_1  = conv_u2u_4_5(conv_u2u_3_4({(~ (acc_imod_11_sva[5]))
      , 1'b1 , (~ (readslicef_5_1_4((({1'b1 , (acc_imod_11_sva[2:0]) , 1'b1}) + conv_u2s_4_5({(~
      (acc_imod_11_sva[5:3])) , (~ (acc_imod_11_sva[5]))})))))}) + conv_u2u_2_4(acc_imod_11_sva[4:3]))
      + conv_u2u_3_5(~ (ACC2_3_acc_2_itm[9:7]));

  function [10:0] signext_11_9;
    input [8:0] vector;
  begin
    signext_11_9= {{2{vector[8]}}, vector};
  end
  endfunction


  function [0:0] MUX_s_1_2_2;
    input [1:0] inputs;
    input [0:0] sel;
    reg [0:0] result;
  begin
    case (sel)
      1'b0 : begin
        result = inputs[1:1];
      end
      1'b1 : begin
        result = inputs[0:0];
      end
      default : begin
        result = inputs[1:1];
      end
    endcase
    MUX_s_1_2_2 = result;
  end
  endfunction


  function [89:0] MUX_v_90_2_2;
    input [179:0] inputs;
    input [0:0] sel;
    reg [89:0] result;
  begin
    case (sel)
      1'b0 : begin
        result = inputs[179:90];
      end
      1'b1 : begin
        result = inputs[89:0];
      end
      default : begin
        result = inputs[179:90];
      end
    endcase
    MUX_v_90_2_2 = result;
  end
  endfunction


  function [18:0] signext_19_1;
    input [0:0] vector;
  begin
    signext_19_1= {{18{vector[0]}}, vector};
  end
  endfunction


  function [9:0] MUX_v_10_4_2;
    input [39:0] inputs;
    input [1:0] sel;
    reg [9:0] result;
  begin
    case (sel)
      2'b00 : begin
        result = inputs[39:30];
      end
      2'b01 : begin
        result = inputs[29:20];
      end
      2'b10 : begin
        result = inputs[19:10];
      end
      2'b11 : begin
        result = inputs[9:0];
      end
      default : begin
        result = inputs[39:30];
      end
    endcase
    MUX_v_10_4_2 = result;
  end
  endfunction


  function [29:0] MUX_v_30_2_2;
    input [59:0] inputs;
    input [0:0] sel;
    reg [29:0] result;
  begin
    case (sel)
      1'b0 : begin
        result = inputs[59:30];
      end
      1'b1 : begin
        result = inputs[29:0];
      end
      default : begin
        result = inputs[59:30];
      end
    endcase
    MUX_v_30_2_2 = result;
  end
  endfunction


  function [1:0] MUX_v_2_2_2;
    input [3:0] inputs;
    input [0:0] sel;
    reg [1:0] result;
  begin
    case (sel)
      1'b0 : begin
        result = inputs[3:2];
      end
      1'b1 : begin
        result = inputs[1:0];
      end
      default : begin
        result = inputs[3:2];
      end
    endcase
    MUX_v_2_2_2 = result;
  end
  endfunction


  function [1:0] signext_2_1;
    input [0:0] vector;
  begin
    signext_2_1= {{1{vector[0]}}, vector};
  end
  endfunction


  function [14:0] MUX_v_15_2_2;
    input [29:0] inputs;
    input [0:0] sel;
    reg [14:0] result;
  begin
    case (sel)
      1'b0 : begin
        result = inputs[29:15];
      end
      1'b1 : begin
        result = inputs[14:0];
      end
      default : begin
        result = inputs[29:15];
      end
    endcase
    MUX_v_15_2_2 = result;
  end
  endfunction


  function [15:0] MUX_v_16_2_2;
    input [31:0] inputs;
    input [0:0] sel;
    reg [15:0] result;
  begin
    case (sel)
      1'b0 : begin
        result = inputs[31:16];
      end
      1'b1 : begin
        result = inputs[15:0];
      end
      default : begin
        result = inputs[31:16];
      end
    endcase
    MUX_v_16_2_2 = result;
  end
  endfunction


  function [18:0] MUX_v_19_2_2;
    input [37:0] inputs;
    input [0:0] sel;
    reg [18:0] result;
  begin
    case (sel)
      1'b0 : begin
        result = inputs[37:19];
      end
      1'b1 : begin
        result = inputs[18:0];
      end
      default : begin
        result = inputs[37:19];
      end
    endcase
    MUX_v_19_2_2 = result;
  end
  endfunction


  function [4:0] signext_5_3;
    input [2:0] vector;
  begin
    signext_5_3= {{2{vector[2]}}, vector};
  end
  endfunction


  function [0:0] readslicef_5_1_4;
    input [4:0] vector;
    reg [4:0] tmp;
  begin
    tmp = vector >> 4;
    readslicef_5_1_4 = tmp[0:0];
  end
  endfunction


  function signed [11:0] conv_u2s_11_12 ;
    input [10:0]  vector ;
  begin
    conv_u2s_11_12 = {1'b0, vector};
  end
  endfunction


  function signed [11:0] conv_s2s_10_12 ;
    input signed [9:0]  vector ;
  begin
    conv_s2s_10_12 = {{2{vector[9]}}, vector};
  end
  endfunction


  function signed [9:0] conv_u2s_9_10 ;
    input [8:0]  vector ;
  begin
    conv_u2s_9_10 = {1'b0, vector};
  end
  endfunction


  function signed [9:0] conv_s2s_8_10 ;
    input signed [7:0]  vector ;
  begin
    conv_s2s_8_10 = {{2{vector[7]}}, vector};
  end
  endfunction


  function signed [7:0] conv_u2s_6_8 ;
    input [5:0]  vector ;
  begin
    conv_u2s_6_8 = {{2{1'b0}}, vector};
  end
  endfunction


  function signed [7:0] conv_s2s_5_8 ;
    input signed [4:0]  vector ;
  begin
    conv_s2s_5_8 = {{3{vector[4]}}, vector};
  end
  endfunction


  function  [11:0] conv_u2u_11_12 ;
    input [10:0]  vector ;
  begin
    conv_u2u_11_12 = {1'b0, vector};
  end
  endfunction


  function signed [7:0] conv_u2s_7_8 ;
    input [6:0]  vector ;
  begin
    conv_u2s_7_8 = {1'b0, vector};
  end
  endfunction


  function  [5:0] conv_u2u_5_6 ;
    input [4:0]  vector ;
  begin
    conv_u2u_5_6 = {1'b0, vector};
  end
  endfunction


  function  [4:0] conv_u2u_4_5 ;
    input [3:0]  vector ;
  begin
    conv_u2u_4_5 = {1'b0, vector};
  end
  endfunction


  function  [3:0] conv_u2u_3_4 ;
    input [2:0]  vector ;
  begin
    conv_u2u_3_4 = {1'b0, vector};
  end
  endfunction


  function  [3:0] conv_u2u_2_4 ;
    input [1:0]  vector ;
  begin
    conv_u2u_2_4 = {{2{1'b0}}, vector};
  end
  endfunction


  function  [5:0] conv_u2u_4_6 ;
    input [3:0]  vector ;
  begin
    conv_u2u_4_6 = {{2{1'b0}}, vector};
  end
  endfunction


  function  [9:0] conv_u2u_2_10 ;
    input [1:0]  vector ;
  begin
    conv_u2u_2_10 = {{8{1'b0}}, vector};
  end
  endfunction


  function  [15:0] conv_s2u_11_16 ;
    input signed [10:0]  vector ;
  begin
    conv_s2u_11_16 = {{5{vector[10]}}, vector};
  end
  endfunction


  function  [10:0] conv_s2u_22_11 ;
    input signed [21:0]  vector ;
  begin
    conv_s2u_22_11 = vector[10:0];
  end
  endfunction


  function signed [10:0] conv_s2s_10_11 ;
    input signed [9:0]  vector ;
  begin
    conv_s2s_10_11 = {vector[9], vector};
  end
  endfunction


  function signed [10:0] conv_s2s_2_11 ;
    input signed [1:0]  vector ;
  begin
    conv_s2s_2_11 = {{9{vector[1]}}, vector};
  end
  endfunction


  function  [15:0] conv_s2u_12_16 ;
    input signed [11:0]  vector ;
  begin
    conv_s2u_12_16 = {{4{vector[11]}}, vector};
  end
  endfunction


  function  [11:0] conv_s2u_24_12 ;
    input signed [23:0]  vector ;
  begin
    conv_s2u_24_12 = vector[11:0];
  end
  endfunction


  function signed [11:0] conv_s2s_2_12 ;
    input signed [1:0]  vector ;
  begin
    conv_s2s_2_12 = {{10{vector[1]}}, vector};
  end
  endfunction


  function  [14:0] conv_s2u_11_15 ;
    input signed [10:0]  vector ;
  begin
    conv_s2u_11_15 = {{4{vector[10]}}, vector};
  end
  endfunction


  function  [1:0] conv_s2u_1_2 ;
    input signed [0:0]  vector ;
  begin
    conv_s2u_1_2 = {vector[0], vector};
  end
  endfunction


  function  [8:0] conv_u2u_3_9 ;
    input [2:0]  vector ;
  begin
    conv_u2u_3_9 = {{6{1'b0}}, vector};
  end
  endfunction


  function signed [4:0] conv_u2s_4_5 ;
    input [3:0]  vector ;
  begin
    conv_u2s_4_5 = {1'b0, vector};
  end
  endfunction


  function  [4:0] conv_u2u_3_5 ;
    input [2:0]  vector ;
  begin
    conv_u2u_3_5 = {{2{1'b0}}, vector};
  end
  endfunction


  function  [10:0] conv_u2u_2_11 ;
    input [1:0]  vector ;
  begin
    conv_u2u_2_11 = {{9{1'b0}}, vector};
  end
  endfunction

endmodule
module sobel (
  vin_rsc_z, vout_rsc_z, clk, en, arst_n
);
  input [89:0] vin_rsc_z;
  output [29:0] vout_rsc_z;
  input clk;
  input en;
  input arst_n;


  // Interconnect Declarations
  wire [89:0] vin_rsc_mgc_in_wire_d;
  wire [29:0] vout_rsc_mgc_out_stdreg_d;


  // Interconnect Declarations for Component Instantiations 
  mgc_in_wire #(.rscid(1),
  .width(90)) vin_rsc_mgc_in_wire (
      .d(vin_rsc_mgc_in_wire_d),
      .z(vin_rsc_z)
    );
  mgc_out_stdreg #(.rscid(2),
  .width(30)) vout_rsc_mgc_out_stdreg (
      .d(vout_rsc_mgc_out_stdreg_d),
      .z(vout_rsc_z)
    );
  sobel_core sobel_core_inst (
      .clk(clk),
      .en(en),
      .arst_n(arst_n),
      .vin_rsc_mgc_in_wire_d(vin_rsc_mgc_in_wire_d),
      .vout_rsc_mgc_out_stdreg_d(vout_rsc_mgc_out_stdreg_d)
    );
endmodule